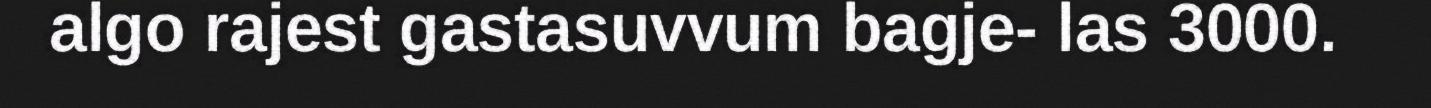
algo rajest gastasuvvum bagje- las 3000.